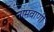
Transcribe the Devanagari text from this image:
नामवाणी